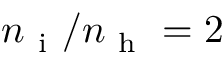
n _ { \mathrm { ~ i ~ } } / n _ { \mathrm { ~ h ~ } } = 2